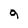
Character: 9